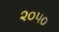
૨૦૫૦